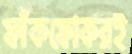
ফাঁকফোকরই